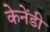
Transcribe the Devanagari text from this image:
केनेंडी